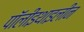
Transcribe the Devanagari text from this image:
पॉलीइथाइलीन